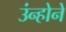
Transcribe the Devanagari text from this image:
उंन्होने